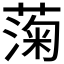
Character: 𫉙